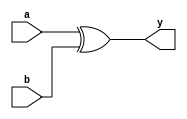
module Xor(input a,b, output y);
  assign y= a^b;
endmodule

module And(input a,b, output z);
  assign z= ~a&b;
endmodule

module half_sub(input a,b, output diff, borr);
  Xor dif( a,b,diff);
  And bor( a,b,borr);
endmodule 

module full_sub(input a,b,bin, output differ, borro);
  wire s,c0,c1;
  half_sub su1(a,b,s,c0);
  half_sub su2(s,bin,differ,c1);
  
  assign borro= c1 | c0;
endmodule